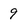
Character: 9